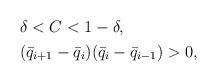
LaTeX: \begin{align*}\begin{aligned}&\delta<C<1-\delta,\\&(\bar{q}_{i+1}-\bar{q}_{i})(\bar{q}_{i}-\bar{q}_{i-1})>0,\end{aligned}\end{align*}